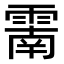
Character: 𩄑